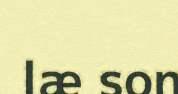
læ son